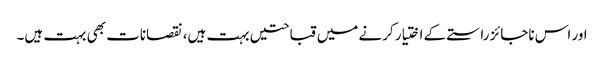
اور اس ناجائز راستے کے اختیار کرنے میں قباحتیں بہت ہیں، نقصانات بھی بہت ہیں۔